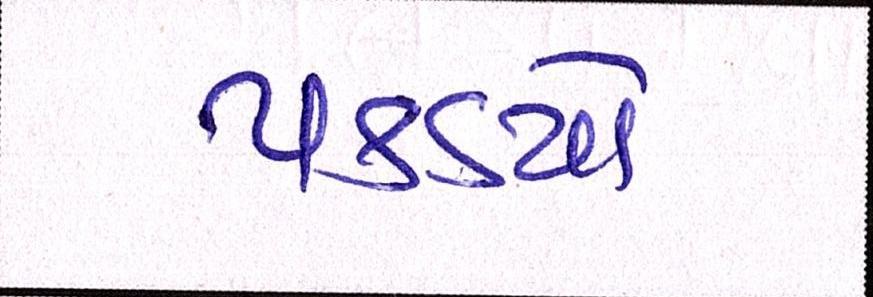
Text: પકડયો